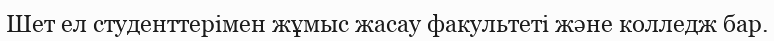
Шет ел студенттерімен жұмыс жасау факультеті және колледж бар.